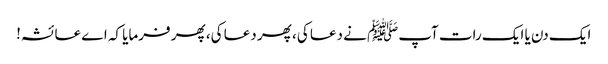
ایک دن یا ایک رات آپﷺ نے دعا کی، پھر دعا کی، پھر فرمایا کہ اے عائشہ!